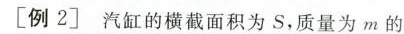
【例2】汽缸的横截面积为S，质量为m的